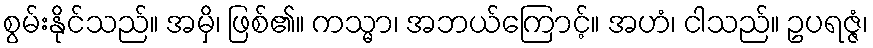
စွမ်းနိုင်သည်။ အမှိ၊ ဖြစ်၏။ ကသ္မာ၊ အဘယ်ကြောင့်။ အဟံ၊ ငါသည်။ ဥပရဇ္ဇံ၊